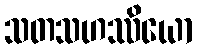
သတသဟဿိယော